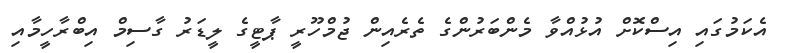
އެކަމުގައި އިސްކޮށް އުޅުއްވާ މެންބަރުންގެ ތެރެއިން ޖުމްހޫރީ ޕާޓީގެ ލީޑަރު ގާސިމް އިބްރާހީމާއި